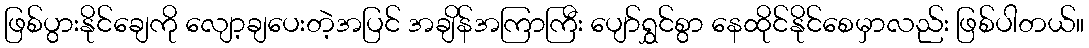
ဖြစ်ပွားနိုင်ချေကို လျော့ချပေးတဲ့အပြင် အချိန်အကြာကြီး ပျော်ရွှင်စွာ နေထိုင်နိုင်စေမှာလည်း ဖြစ်ပါတယ်။